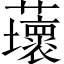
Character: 蘾